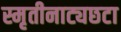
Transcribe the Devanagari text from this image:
स्मृतीनाट्यछटा